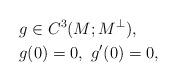
LaTeX: \begin{align*}&g\in C^3(M; M^{\bot}),\\&g(0)=0,~ g'(0)=0,\end{align*}